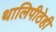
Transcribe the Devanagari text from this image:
थालिपीठेही